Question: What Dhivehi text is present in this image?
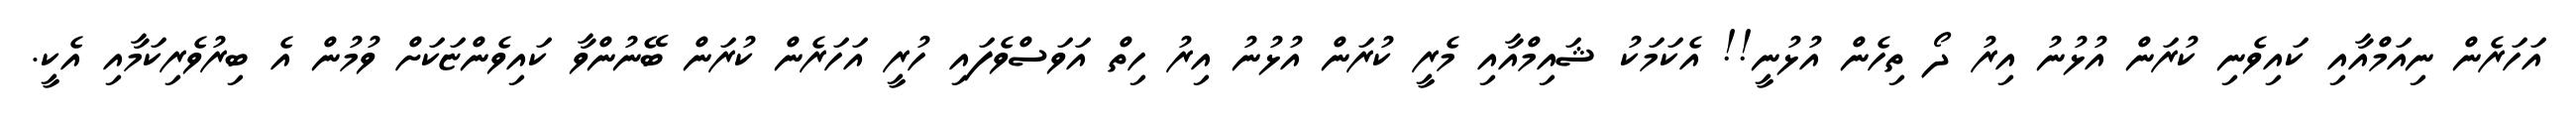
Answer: އަހަރެން ނިއަމްއާއި ކައިވެނި ކުރަން އުޅުނު އިރު ދޯ ތިހެން އުޅުނީ!! އެކަމަކު ޝައިމްއާއި މެރީ ކުރަން އުޅުނު އިރު ހިތް އަވަސްވެފައި ހުރީ އަހަރެން ކުރަން ބޭނުންވާ ކައިވެންޏަކަށް ވުމުން އެ ބިރުވެރިކަމާއި އެކީ.